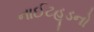
નાઈટહૂડનો